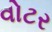
વોટર